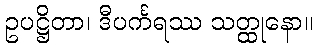
ဥပဋ္ဌိတာ၊ ဒီပင်္ကရဿ သတ္ထုနော။